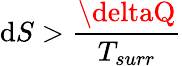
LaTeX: \mathrm{d}S>{\frac{{\deltaQ}}{{T_{surr}}}}